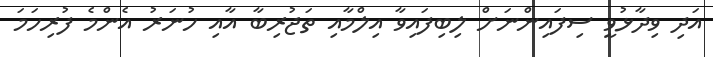
އަދި ވިދާޅުވީ ސިފައިންނަށް ލިބިފައިވާ އިލްމާއި ތަޖުރިބާ އާއި ހުނަރު އެންމެ ފުރިހަމަ